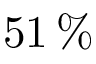
5 1 \, \%